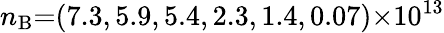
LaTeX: n_{\mathrm{B}}{=}(7.3,5.9,5.4,2.3,1.4,0.07){\times}10^{13}